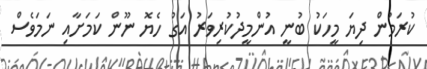
ކުރަމުން ދިޔަ މީހަކު ބުނީ އުންމީދުކުރިވަރު އަގު ހެޔޮ ނޫން ކަމަށާއި ނަމަވެސް